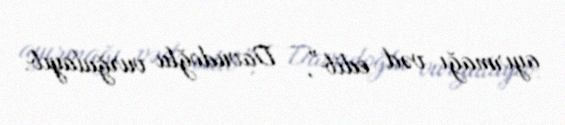
ayırmağı vəd edib”, - Davudoğlu vurğulayıb.